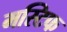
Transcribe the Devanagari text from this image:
मस्टिफ